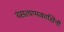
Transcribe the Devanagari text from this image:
वंसत्थप्पकासिनी